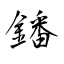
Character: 鐇